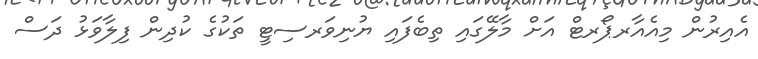
އެއިރުން މިއެއާރޕޯރޓް އަށް މާލޭގައި ތިބެފައި ޔުނިވަރސިޓީ ތަކުގެ ކުދިން ފިލާވަޅު ދަސް